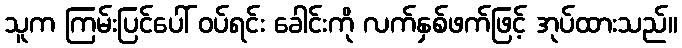
သူက ကြမ်းပြင်ပေါ် ဝပ်ရင်း ခေါင်းကို လက်နှစ်ဖက်ဖြင့် အုပ်ထားသည်။